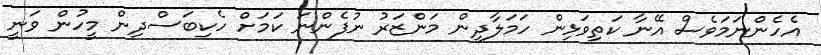
އެހެންނަމަވެސް އޭނާ ކަތިވަޅިން ހަމަލާދިން މަންޒަރު ނުފެންނަ ކަމަށް ހެކިބަސްދިން މީހުން ވަނީ